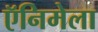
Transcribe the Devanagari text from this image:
ऍनिमेला